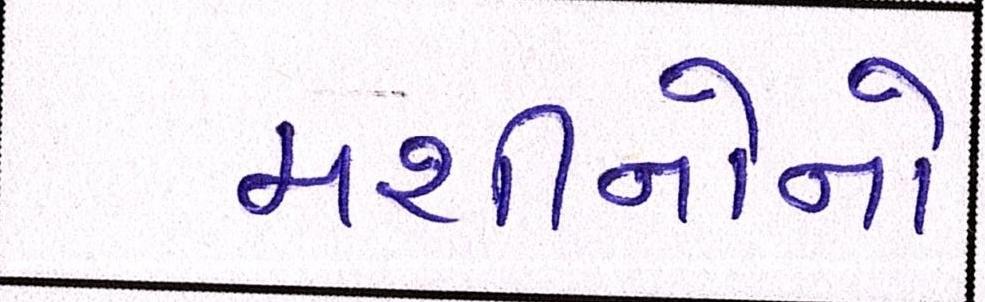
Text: મશીનોનો